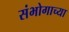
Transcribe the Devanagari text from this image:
संभोगाच्या